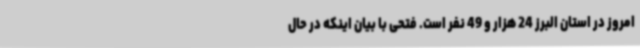
امروز در استان البرز 24 هزار و 49 نفر است. فتحی با بیان اینکه در حال